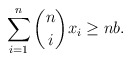
\begin{align*} \sum_{i=1}^{n} \dbinom{n}{i} x_i \ge nb.\end{align*}